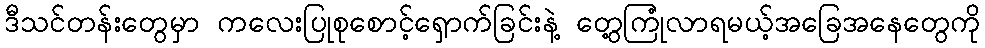
ဒီသင်တန်းတွေမှာ ကလေးပြုစုစောင့်ရှောက်ခြင်းနဲ့ တွေ့ကြုံလာရမယ့်အခြေအနေတွေကို